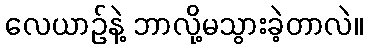
လေယာဉ်နဲ့ ဘာလို့မသွားခဲ့တာလဲ။